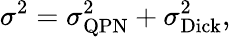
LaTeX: \sigma^{2}=\sigma_{\mathrm{QPN}}^{2}+\sigma_{\mathrm{Dick}}^{2},